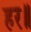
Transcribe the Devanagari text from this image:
हर॥